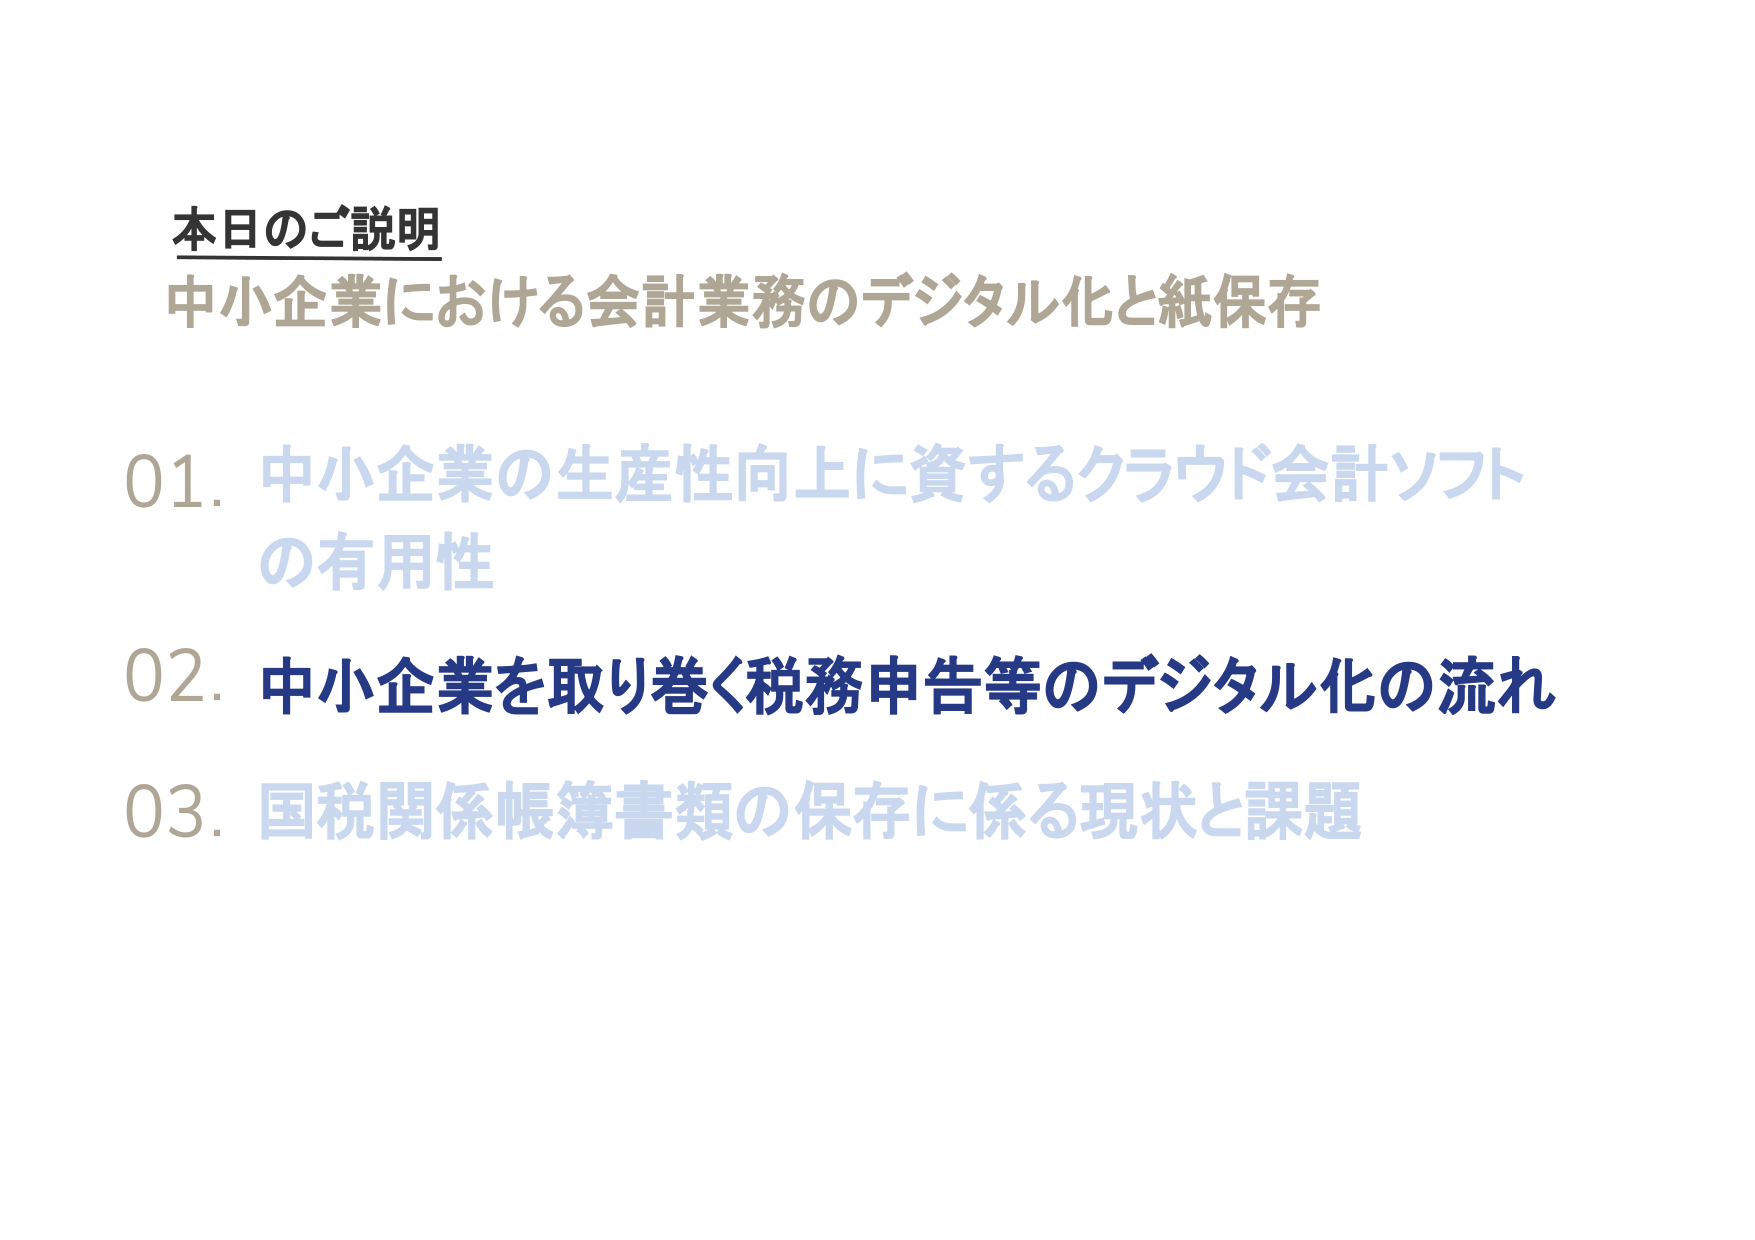
本日のご説明
中小企業における会計業務のデジタル化と紙保存

01. 中小企業の生産性向上に資するクラウド会計ソフトの有用性
02. 中小企業を取り巻く税務申告等のデジタル化の流れ
03. 国税関係帳簿書類の保存に係る現状と課題